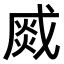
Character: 𤋆